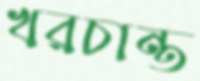
খরচান্ত